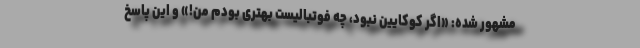
مشهور شده: «اگر کوکایین نبود، چه فوتبالیست بهتری بودم من!» و این پاسخ